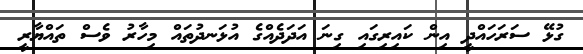
ގުޅޭ ސަރަހައްދީ އިން ކައިރިގައި ގިނަ އަދަދެއްގެ އުޅަނދުތައް މިހާރު ވެސް ތައްޔާރީ